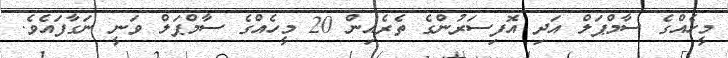
މީހެއްގެ ސާމްޕަލް އަދި އޮފިސަރުންގެ ތެރެއިން 20 މީހެއްގެ ސާމްޕަލް ވަނީ ނަގާފައެވެ.